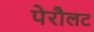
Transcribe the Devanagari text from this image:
पेरौलट